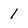
Character: 1